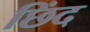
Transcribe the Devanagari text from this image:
छिंद